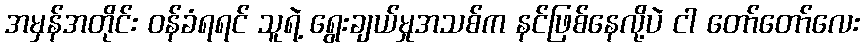
အမှန်အတိုင်း ဝန်ခံရရင် သူရဲ့ ရွေးချယ်မှုအသစ်က နင်ဖြစ်နေလို့ပဲ ငါ တော်တော်လေး